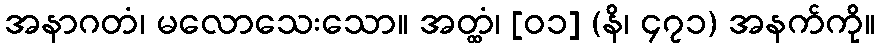
အနာဂတံ၊ မလောသေးသော။ အတ္ထံ၊ [၀၁] (နိ၊ ၄၇၁) အနက်ကို။